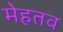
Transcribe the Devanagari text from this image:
मेहतव